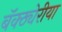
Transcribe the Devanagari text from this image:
बॅक्ठ्येरीया